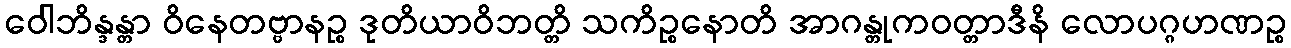
ဝေါဘိန္ဒန္တာ ဝိနေတဗ္ဗာနဉ္စ ဒုတိယာဝိဘတ္တိ သကိဉ္စနောတိ အာဂန္တုကဝတ္တာဒီနိ လောပဂ္ဂဟဏဉ္စ